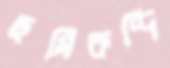
ছমিরুদ্দি